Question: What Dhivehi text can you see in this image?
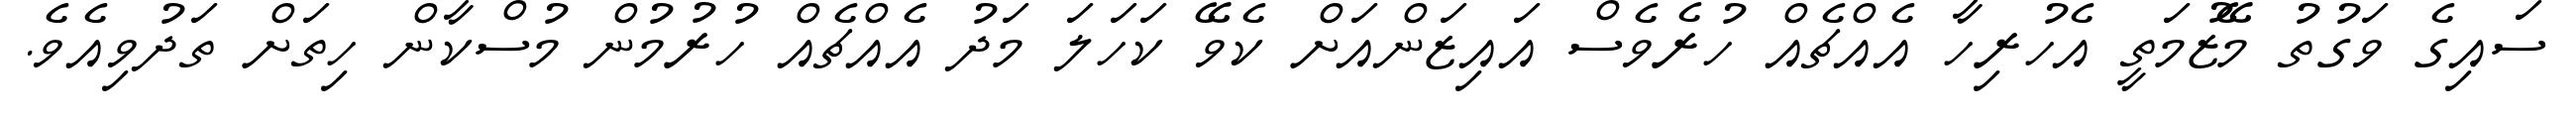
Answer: ސައިގެ ވަގުތު މޭޒުމަތީ އެހުރިހާ އެއްޗެއް ހުރެވެސް އައިޒަންއަށް ކެވޭ ކަހަލަ މަދު އެއްޗެއް ހުރުމުން މުސްކާން ހިތަށް ތަދުވިއެވެ.